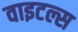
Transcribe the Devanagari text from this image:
वाइटल्स